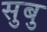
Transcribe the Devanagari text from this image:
सुबु